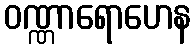
ဝဏ္ဏာရောဟေန